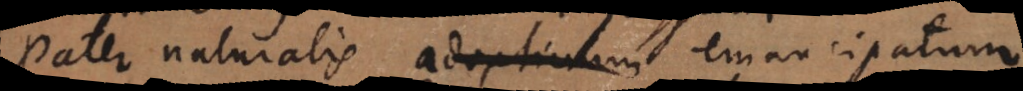
Pater naturalis adoptivum emancipatum